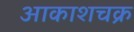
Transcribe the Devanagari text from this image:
आकाशचक्र